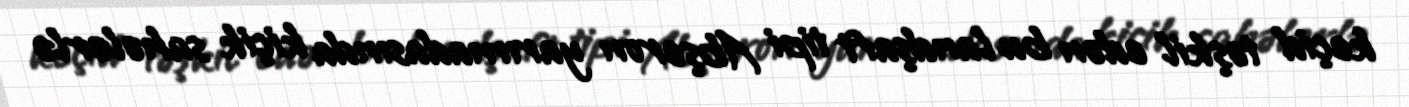
keçid təşkil edən bu landşaft tipi Abşeron yarımadasında kiçik sahələrlə